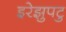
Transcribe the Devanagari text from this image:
इरेझुपटु